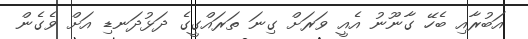
އަބުރާއި ބެހޭ ގާނޫނު އެއީ ވަރަށް ގިނަ ތަރައްގީގެ ދަޅުދަނޑި އަށް ވެގެން